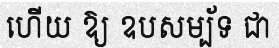
ហើយ ឱ្យ ឧបសម្ប័ទ ជា